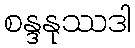
စန္ဒနုဿဒါ